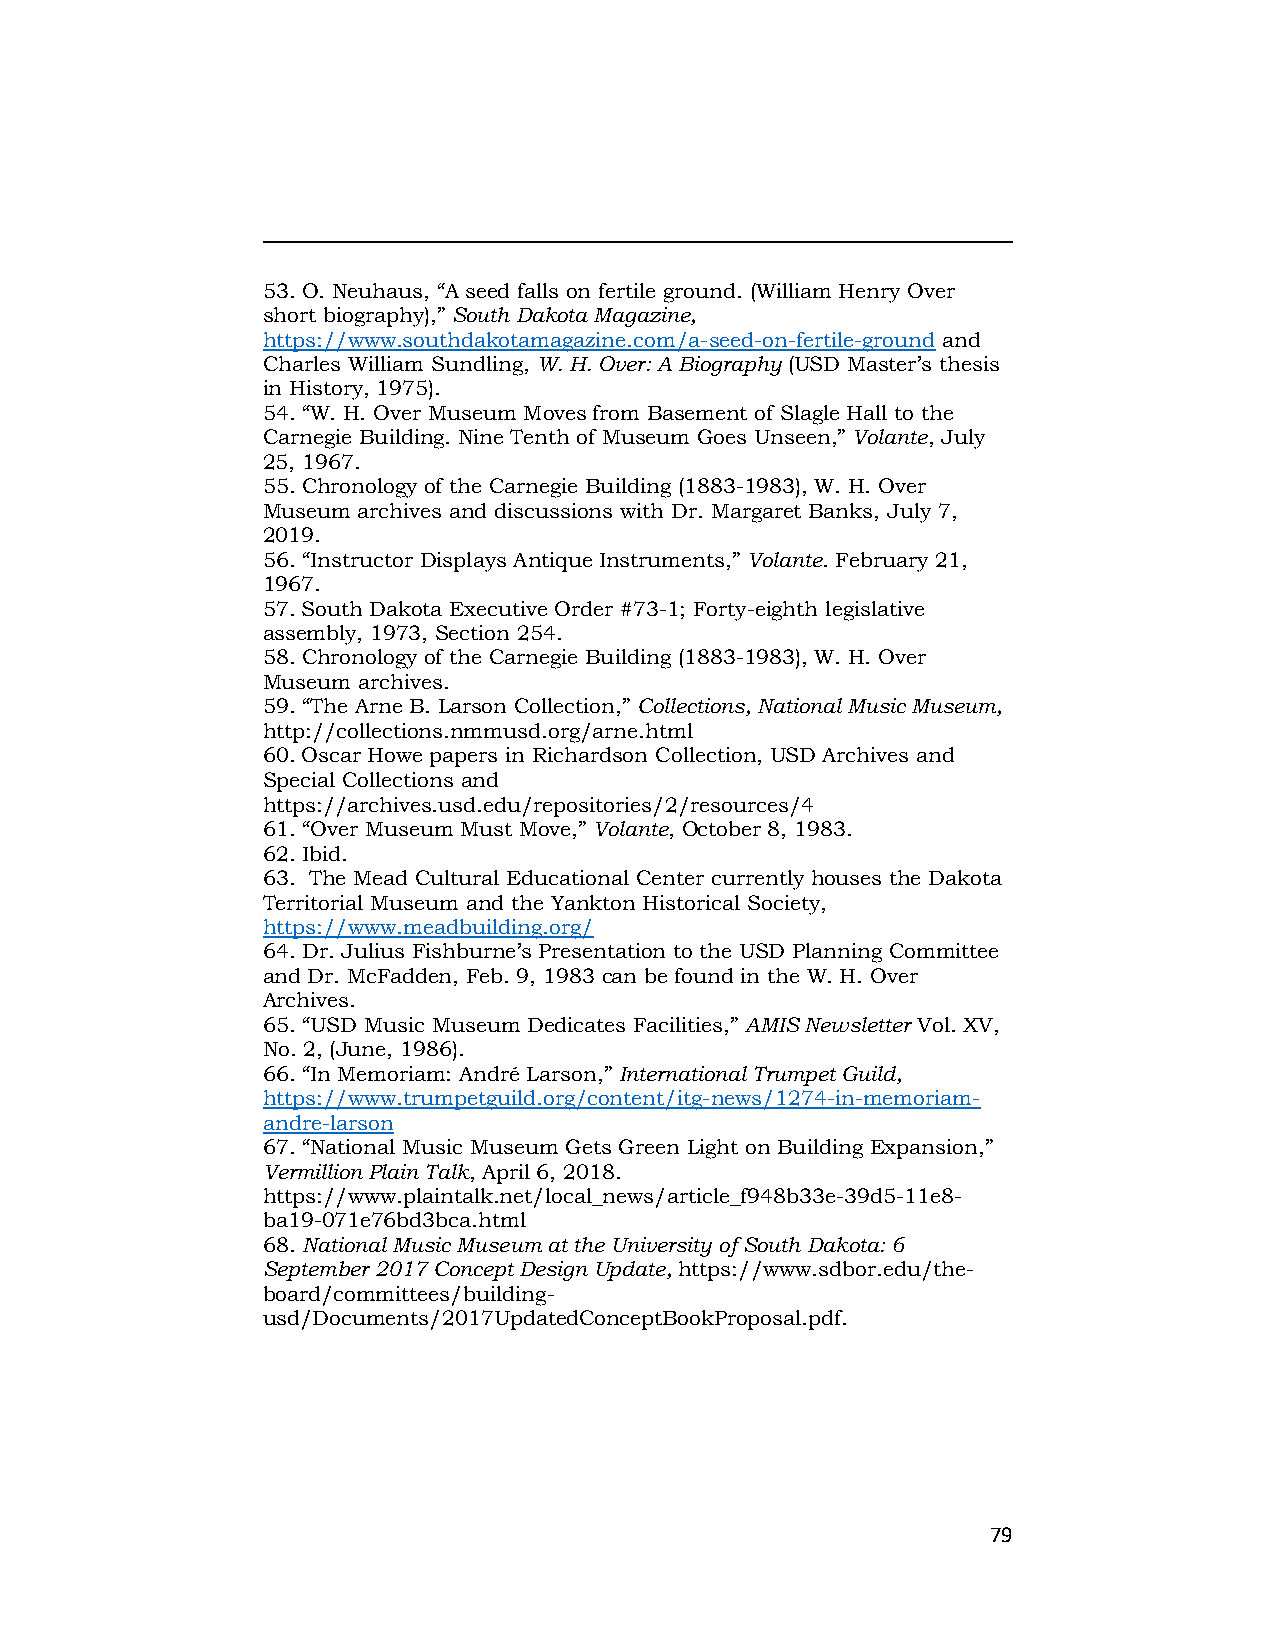
53. O. Neuhaus, “A seed falls on fertile ground. (William Henry Over
 short biography),” South Dakota Magazine,
 https://www.southdakotamagazine.com/a-seed-on-fertile-ground and
 Charles William Sundling, W. H. Over: A Biography (USD Master’s thesis
 in History, 1975).
 54. “W. H. Over Museum Moves from Basement of Slagle Hall to the
 Carnegie Building. Nine Tenth of Museum Goes Unseen,” Volante, July
 25, 1967.
 55. Chronology of the Carnegie Building (1883-1983), W. H. Over
 Museum archives and discussions with Dr. Margaret Banks, July 7,
 2019.
 56. “Instructor Displays Antique Instruments,” Volante. February 21,
 1967.
 57. South Dakota Executive Order #73-1; Forty-eighth legislative
 assembly, 1973, Section 254.
 58. Chronology of the Carnegie Building (1883-1983), W. H. Over
 Museum archives.
 59. “The Arne B. Larson Collection,” Collections, National Music Museum,
 http://collections.nmmusd.org/arne.html
 60. Oscar Howe papers in Richardson Collection, USD Archives and
 Special Collections and
 https://archives.usd.edu/repositories/2/resources/4
 61. “Over Museum Must Move,” Volante, October 8, 1983.
 62. Ibid.
 63. The Mead Cultural Educational Center currently houses the Dakota
 Territorial Museum and the Yankton Historical Society,
 https://www.meadbuilding.org/
 64. Dr. Julius Fishburne’s Presentation to the USD Planning Committee
 and Dr. McFadden, Feb. 9, 1983 can be found in the W. H. Over
 Archives.
 65. “USD Music Museum Dedicates Facilities,” AMIS Newsletter Vol. XV,
 No. 2, (June, 1986).
 66. “In Memoriam: André Larson,” International Trumpet Guild,
 https://www.trumpetguild.org/content/itg-news/1274-in-memoriam-
 andre-larson
 67. “National Music Museum Gets Green Light on Building Expansion,”
 Vermillion Plain Talk, April 6, 2018.
 https://www.plaintalk.net/local_news/article_f948b33e-39d5-11e8-
 ba19-071e76bd3bca.html
 68. National Music Museum at the University of South Dakota: 6
 September 2017 Concept Design Update, https://www.sdbor.edu/the-
 board/committees/building-
 usd/Documents/2017UpdatedConceptBookProposal.pdf.
 79